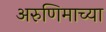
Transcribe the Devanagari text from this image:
अरुणिमाच्या